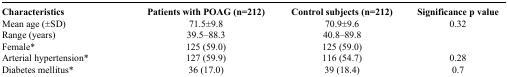
| Characteristics | Patients with POAG (n=212) | Control subjects (n=212) | Significance p value |
 | --- | --- | --- | --- |
 | Mean age (±SD) | 71.5±9.8 | 70.9±9.6 | 0.32 |
 | Range (years) | 39.5–88.3 | 40.8–89.8 |  |
 | Female* | 125 (59.0) | 125 (59.0) |  |
 | Arterial hypertension* | 127 (59.9) | 116 (54.7) | 0.28 |
 | Diabetes mellitus* | 36 (17.0) | 39 (18.4) | 0.7 |